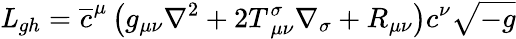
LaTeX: {\mathit L}_{gh}=\overline{{{c}}}^{\mu}\left(g_{\mu\nu}\nabla^{2}+2T_{~\mu\nu}^{\sigma}\nabla_{\sigma}+R_{\mu\nu}\right)c^{\nu}\sqrt{-g}